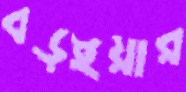
বড়ইয়ার